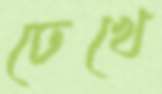
ঢেখে